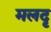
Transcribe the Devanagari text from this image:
मलदृ